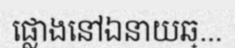
ផ្លោងនៅឯនាយឆ្...